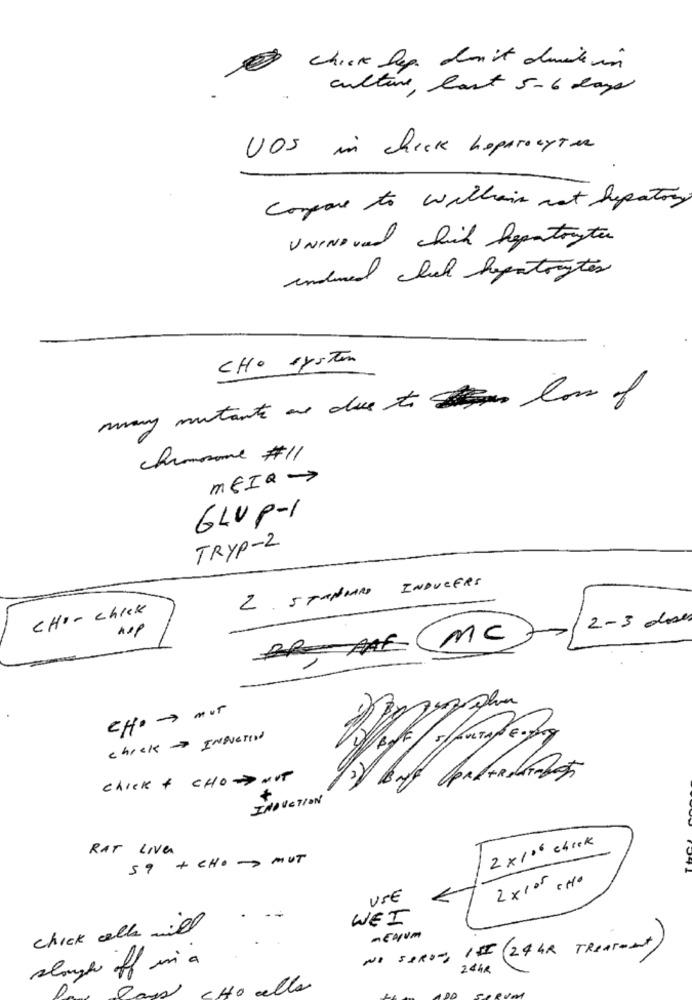
chick lep don't durchein
culture, last 5-6 days
UOS in check hopprocyter
Compare to williams not hepatory
UNINDved chick Repartorates
induced chick hepatocytes
CHO system
many mutante are due to los of
chromosome #11
MEIR->
GLUP-1
TRYP-2
2. STANDARD INDUCERS
CHI- chick
2-3 doses
nep
BRAAK (MC )
Cff- - > auf
chick - INDUCTION
chick + CHODNOT
INDUCTION
2 ×106 check
RAT LIVE
59 + CHO -> MUT
2xpor
USE
WEI
chick alle will
-ENUM
NO SOROY, ISE ( 24 hr TREATent)
244R
Raya CHO de
lla